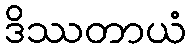
ဒိဿတာယံ